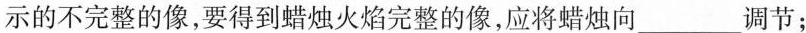
示的不完整的像，要得到蜡烛火焰完整的像，应将蜡烛向____调节；